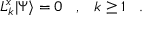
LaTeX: L _ { k } ^ { x } | \Psi \rangle = 0 \; \; \; , \; \; \; k \geq 1 \; \; \; .